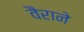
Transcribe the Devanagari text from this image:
वैराने